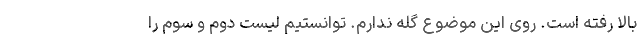
بالا رفته است. روی این موضوع گله ندارم. توانستیم لیست دوم و سوم را